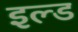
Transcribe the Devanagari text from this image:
इल्ड